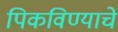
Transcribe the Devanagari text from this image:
पिकविण्याचे